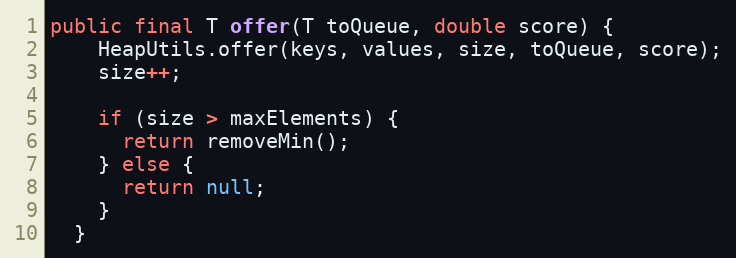
Language: Java
public final T offer(T toQueue, double score) {
    HeapUtils.offer(keys, values, size, toQueue, score);
    size++;

    if (size > maxElements) {
      return removeMin();
    } else {
      return null;
    }
  }